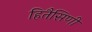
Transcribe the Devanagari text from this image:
हितैसिणी